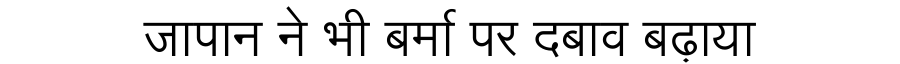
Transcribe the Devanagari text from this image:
जापान ने भी बर्मा पर दबाव बढ़ाया